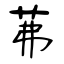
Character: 茀